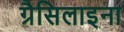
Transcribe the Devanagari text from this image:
ग्रैसिलाइना